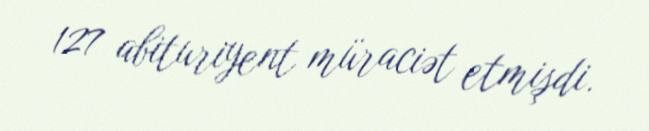
127 abituriyent müraciət etmişdi.